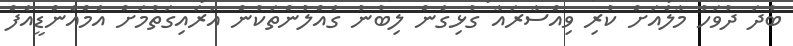
ބުދަ ދުވަހު މާލެއަށް ކުރި ވިއްސާރައާ ގުޅިގެން ލިބުނު ގެއްލުންތަކުން އަރައިގަތުމަށް އެމްއެންޑީއެފް